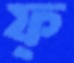
ফ্